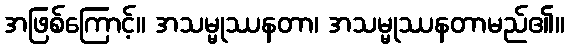
အဖြစ်ကြောင့်။ အသမ္မုဿနတာ၊ အသမ္မုဿနတာမည်၏။